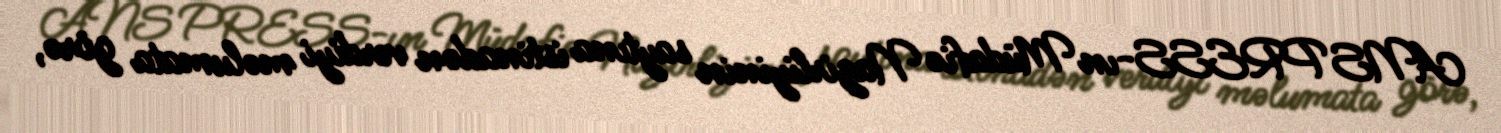
ANS PRESS-ın Müdafiə Nazirliyinin saytına istinadən verdiyi məlumata görə,